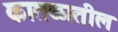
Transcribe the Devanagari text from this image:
कातळातील